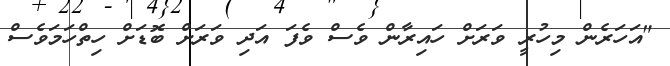
"އަހަރެން މިހުރީ ވަރަށް ހައިރާން ވެސް ވެފަ އަދި ވަރަށް ބޮޑަށް ހިތްހަމަވެސް